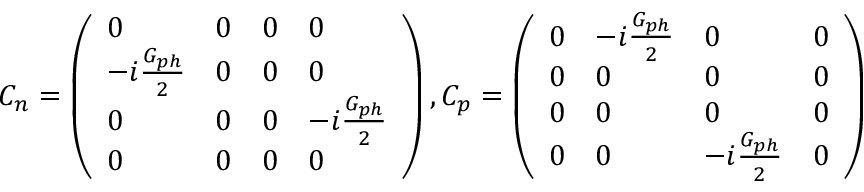
C _ { n } = \left( \begin{array} { l l l l } { 0 } & { 0 } & { 0 } & { 0 } \\ { - i \frac { G _ { p h } } { 2 } } & { 0 } & { 0 } & { 0 } \\ { 0 } & { 0 } & { 0 } & { - i \frac { G _ { p h } } { 2 } } \\ { 0 } & { 0 } & { 0 } & { 0 } \end{array} \right) , C _ { p } = \left( \begin{array} { l l l l } { 0 } & { - i \frac { G _ { p h } } { 2 } } & { 0 } & { 0 } \\ { 0 } & { 0 } & { 0 } & { 0 } \\ { 0 } & { 0 } & { 0 } & { 0 } \\ { 0 } & { 0 } & { - i \frac { G _ { p h } } { 2 } } & { 0 } \end{array} \right)